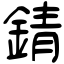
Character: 錆